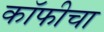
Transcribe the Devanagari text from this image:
कॉफीचा